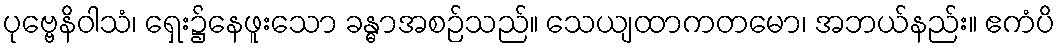
ပုဗ္ဗေနိဝါသံ၊ ရှေး၌နေဖူးသော ခန္ဓာအစဉ်သည်။ သေယျထာကတမော၊ အဘယ်နည်း။ ဧကံပိ